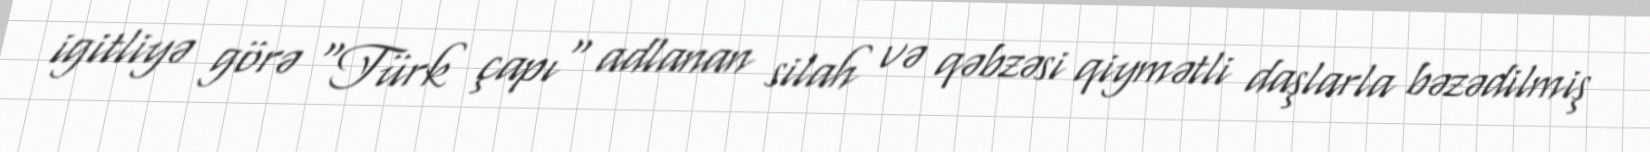
igitliyə görə "Türk çapı" adlanan silah və qəbzəsi qiymətli daşlarla bəzədilmiş